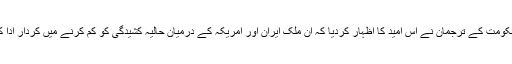
جاپانی حکومت کے ترجمان نے اس امید کا اظہار کردیا کہ ان ملک ایران اور امریکہ کے درمیان حالیہ کشیدگی کو کم کرنے میں کردار ادا کر سکے۔